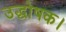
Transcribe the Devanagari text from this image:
उद्घोषक।